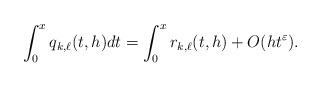
LaTeX: \begin{align*} \int_{0}^{x} q_{k,\ell}(t,h) dt = \int_{0}^{x} r_{k,\ell}(t,h) +O(ht^{\varepsilon}).\end{align*}